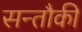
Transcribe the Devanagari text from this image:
सन्तौकी